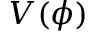
V ( \phi )